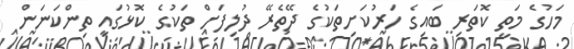
މަހުގެ މަތީ ކޮތަރި ބައިގެ ހަރުކަށިތަކުގެ ދޭތެރޭ ދުލިފަށް ތަކުގެ ކޮޅުގައި ތިންކަނަން